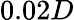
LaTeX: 0.02D